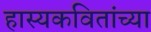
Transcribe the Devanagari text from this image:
हास्यकवितांच्या